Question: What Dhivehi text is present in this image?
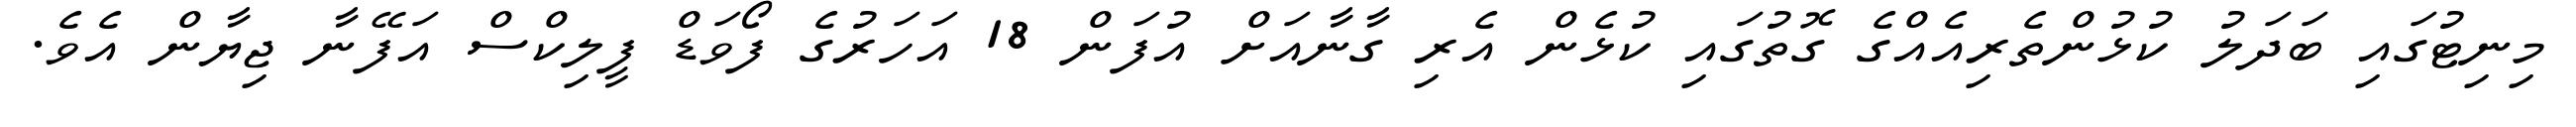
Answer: މިނިޓުގައި ބަދަލު ކުޅުންތެރިއެއްގެ ގޮތުގައި ކުޅެން އެރި ގާނާއަށް އުފަން 18 އަހަރުގެ ފޯވަޑް ފީލިކްސް އަފޭނާ ޖިޔާން އެވެ.